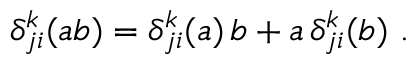
\delta _ { j i } ^ { k } ( a b ) = \delta _ { j i } ^ { k } ( a ) \, b + a \, \delta _ { j i } ^ { k } ( b ) ~ .